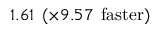
1 . 6 1 \: \: ( \times 9 . 5 7 \: \: \mathrm { f a s t e r } )